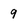
Character: 9